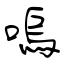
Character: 嗚